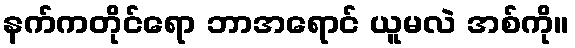
နက်ကတိုင်ရော ဘာအရောင် ယူမလဲ အစ်ကို။